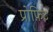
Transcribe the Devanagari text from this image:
प्रोफ़िट